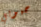
حبوبي